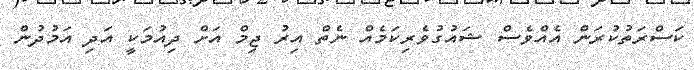
ކަސްރަތުކުރަން އެއްވެސް ޝައުގުވެރިކަމެއް ނެތް އިރު ޖިމް އަށް ދިއުމަކީ އަދި އަމުދުން